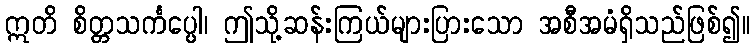
ဣတိ စိတ္တသင်္ကပ္ပေါ၊ ဤသို့ဆန်းကြယ်များပြားသော အစီအမံရှိသည်ဖြစ်၍။